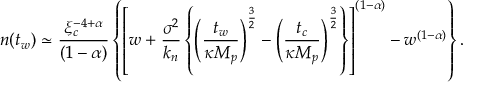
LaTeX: n ( t _ { w } ) \simeq { \frac { \xi _ { c } ^ { - 4 + \alpha } } { ( 1 - \alpha ) } } \left\{ \left[ w + { \frac { \sigma ^ { 2 } } { k _ { n } } } \left\{ \left( { \frac { t _ { w } } { \kappa M _ { p } } } \right) ^ { \frac { 3 } { 2 } } - \left( { \frac { t _ { c } } { \kappa M _ { p } } } \right) ^ { \frac { 3 } { 2 } } \right\} \right] ^ { ( 1 - \alpha ) } - w ^ { ( 1 - \alpha ) } \right\} .